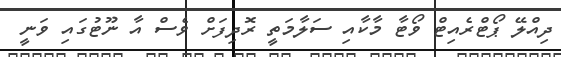
ދިއްލޭ ޕޯޓްރެއިޓް ވޯޓާ މާކާއި ސަލާމަތީ ރޮދިފަށް ވެސް އާ ނޫޓުގައި ވަނީ